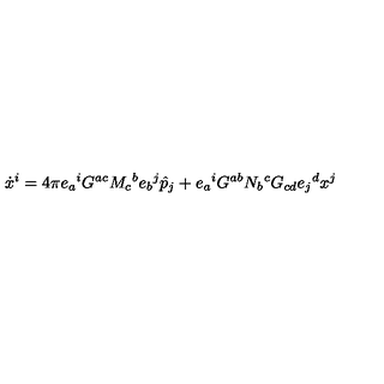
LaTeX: \dot { x } ^ { i } = 4 \pi e _ { a } { } ^ { i } G ^ { a c } M _ { c } { } ^ { b } e _ { b } { } ^ { j } \hat { p } _ { j } + e _ { a } { } ^ { i } G ^ { a b } N _ { b } { } ^ { c } G _ { c d } e _ { j } { } ^ { d } x ^ { j }